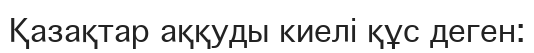
Қазақтар аққуды киелі құс деген: